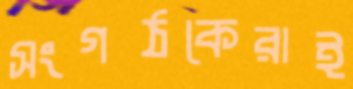
সংগঠকেরাই